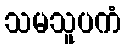
သမသူပကံ